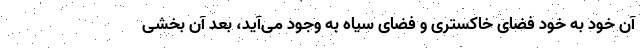
آن خود به خود فضای خاکستری و فضای سیاه به وجود می‌آید، بعد آن بخشی